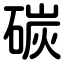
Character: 碳